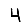
Digit: 4